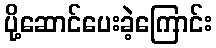
ပို့ဆောင်ပေးခဲ့ကြောင်း